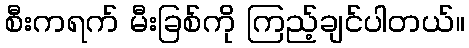
စီးကရက် မီးခြစ်ကို ကြည့်ချင်ပါတယ်။